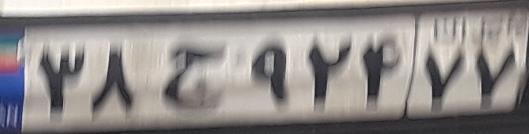
۳۸ج۹۲۴۷۷